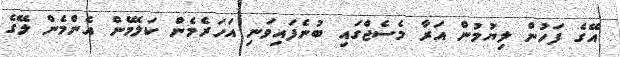
އޭގެ ފަހުން ލިޔުމުން އަރާ މެސެޖްގައި ބުނެފައިވަނި އަހަރެމެން ކަލޭމެން އެންމެން ލޭގެ